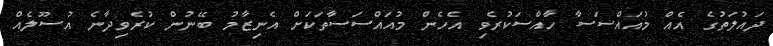
ދައުލަތުގެ އެއް މުއައްސަސާ ހާއްސަކުރެވި އެހެން މުއައްސަސާތަކަށް އެނިޒާމު ބޭނުން ކުރެވިދާނެ އުސޫލެއް